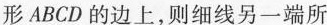
形ABCD的边上，则细线另一端所